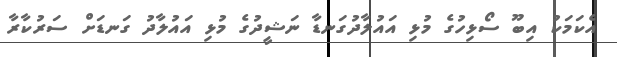
އެކަމަކު އިބޫ ސޯޅިހުގެ މުޅި އައުލާދުގަނޑާ ނަޝީދުގެ މުޅި އައުލާދު ގަނޑަށް ސަރުކާރާ